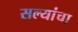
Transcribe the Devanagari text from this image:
सल्यांचा